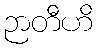
ဉာတီဟိ